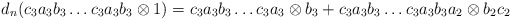
\begin{align*}d_n(c_3a_3b_3 \dots c_3a_3b_3 \otimes 1) = c_3a_3b_3 \dots c_3a_3 \otimes b_3 + c_3a_3b_3 \dots c_3a_3b_3a_2 \otimes b_2c_2\end{align*}